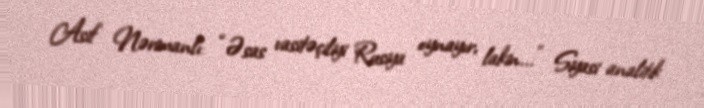
Asif Nərimanlı: “Əsas vasitəçiliyi Rusiya oynayır, lakin...” Siyasi analitik